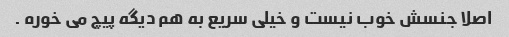
اصلا جنسش خوب نیست و خیلی سریع به هم دیگه پیچ می خوره .